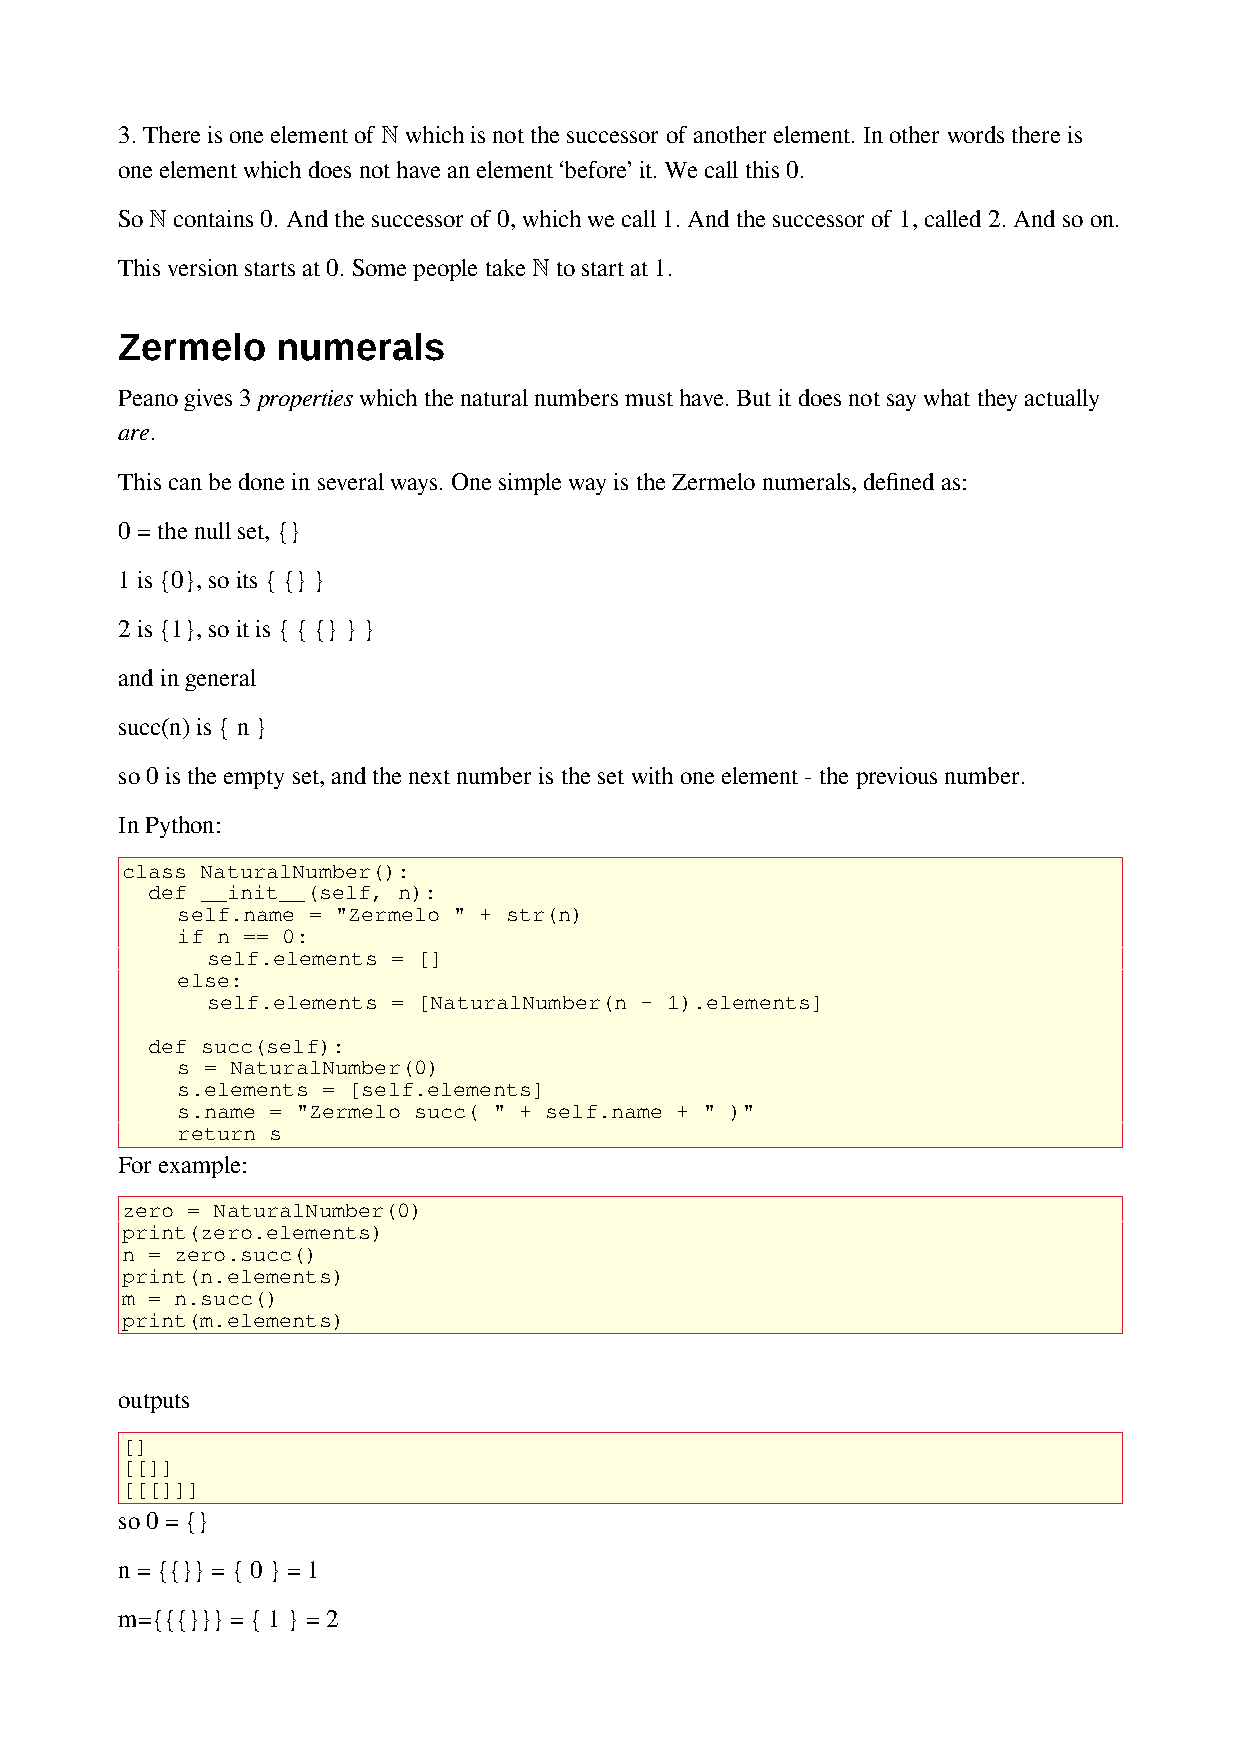
3. There is one element of ℕ which is not the successor of another element. In other words there is
 one element which does not have an element ‘before’ it. We call this 0.
 So ℕ contains 0. And the successor of 0, which we call 1. And the successor of 1, called 2. And so on.
 This version starts at 0. Some people take ℕ to start at 1.
 Zermelo   numerals
 Peano gives 3 properties which the natural numbers must have. But it does not say what they actually
 are.
 This can be done in several ways. One simple way is the Zermelo numerals, defined as:
 0 = the null set, {}
 1 is {0}, so its { {} }
 2 is {1}, so it is { { {} } }
 and in general
 succ(n) is { n }
 so 0 is the empty set, and the next number is the set with one element - the previous number.
 In Python:
 class NaturalNumber():
 def __init__(self, n):
 self.name = "Zermelo " + str(n)
 if n == 0:
 self.elements = []
 else:
 self.elements = [NaturalNumber(n – 1).elements]
 def succ(self):
 s = NaturalNumber(0)
 s.elements = [self.elements]
 s.name = "Zermelo succ( " + self.name + " )"
 return s
 For example:
 zero = NaturalNumber(0)
 print(zero.elements)
 n = zero.succ()
 print(n.elements)
 m = n.succ()
 print(m.elements)
 outputs
 []
 [[]]
 [[[]]]
 so 0 = {}
 n = {{}} = { 0 } = 1
 m={{{}}} = { 1 } = 2